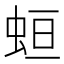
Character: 𧊳